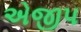
એજીપ